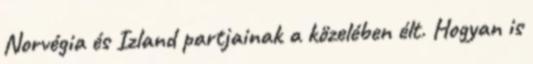
Norvégia és Izland partjainak a közelében élt. Hogyan is